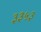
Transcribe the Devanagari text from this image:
३३५३